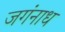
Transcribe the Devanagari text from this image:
जगंनाध